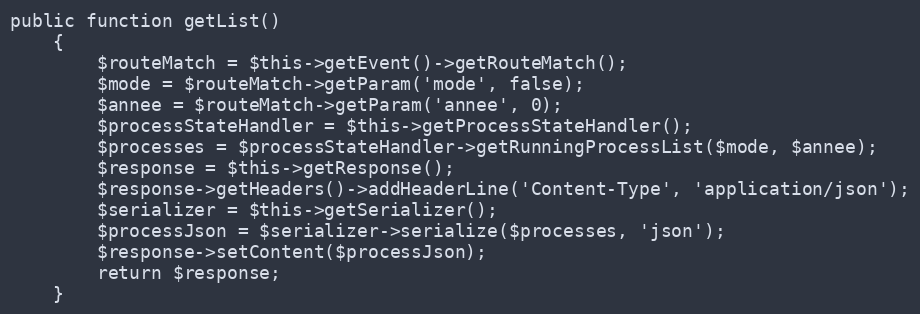
Language: PHP
public function getList()
    {
        $routeMatch = $this->getEvent()->getRouteMatch();
        $mode = $routeMatch->getParam('mode', false);
        $annee = $routeMatch->getParam('annee', 0);
        $processStateHandler = $this->getProcessStateHandler();
        $processes = $processStateHandler->getRunningProcessList($mode, $annee);
        $response = $this->getResponse();
        $response->getHeaders()->addHeaderLine('Content-Type', 'application/json');
        $serializer = $this->getSerializer();
        $processJson = $serializer->serialize($processes, 'json');
        $response->setContent($processJson);
        return $response;
    }